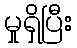
မှုရှိပြီး